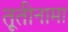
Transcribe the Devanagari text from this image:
तूतीनामा